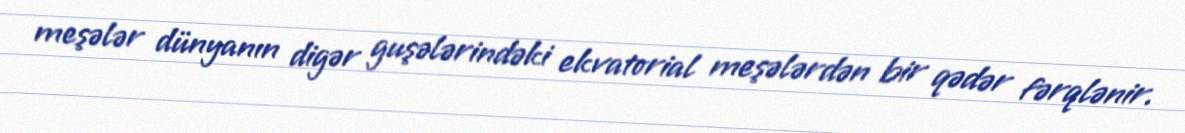
meşələr dünyanın digər guşələrindəki ekvatorial meşələrdən bir qədər fərqlənir.